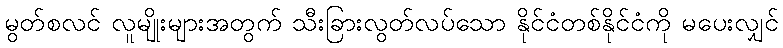
မွတ်စလင် လူမျိုးများအတွက် သီးခြားလွတ်လပ်သော နိုင်ငံတစ်နိုင်ငံကို မပေးလျှင်